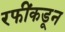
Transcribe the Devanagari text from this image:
रफींकडून